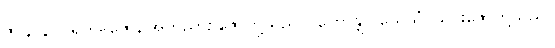
ဇဝနာနိ၊ ပရိကမ်ဇော, အဘိညာဉ်ဇောတို့သည်။ (ဟောန္တိ၊) ယေသံ၊ ယင်းဇောတို့သည်။